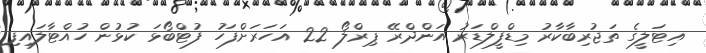
އިޓަލީގެ ތަޖުރިބާކާރު މިޑްފީލްޑަރު އަންދްރޭ ޕިރްލޯ 22 އަހަރަށްފަހު ފުޓްބޯޅަ ކުޅުން ހުއްޓާލައިފި